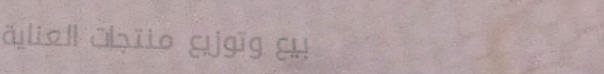
بيع وتوزيع منتجات العناية